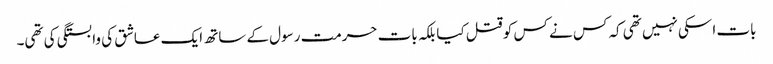
بات اسکی نہیں تھی کہ کس نے کس کو قتل کیا بلکہ بات حرمت رسول کے ساتھ ایک عاشق کی وابستگی کی تھی۔